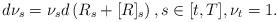
LaTeX: \begin{align*}d\nu_s = \nu_s d\left(R_s + [R]_s\right), s \in [t,T], \nu_t=1.\end{align*}